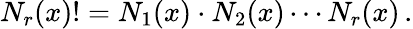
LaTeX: N_{r}(x)!=N_{1}(x)\cdot N_{2}(x)\cdots N_{r}(x)\, .